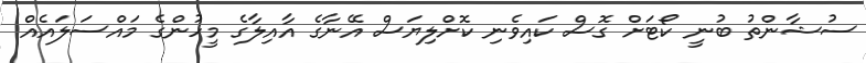
ސުޝާންތު ބުނީ ކޯޓަށް ގޮސް ކައިވެނި ކޮށްލިޔަސް އޭނާގެ އާއިލާގެ މީހުންގެ މައްސަލައެއް